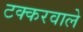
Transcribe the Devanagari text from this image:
टक्करवाले